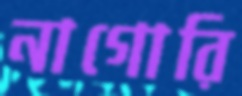
নাগোরি